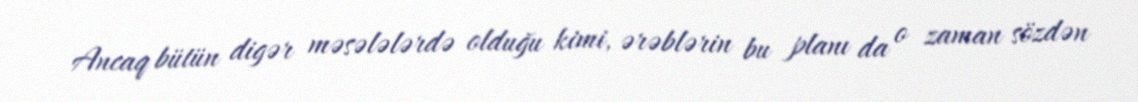
Ancaq bütün digər məsələlərdə olduğu kimi, ərəblərin bu planı da o zaman sözdən